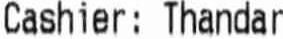
CASHIER: THANDAR